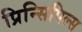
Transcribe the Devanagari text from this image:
प्रिन्सिपिल्स